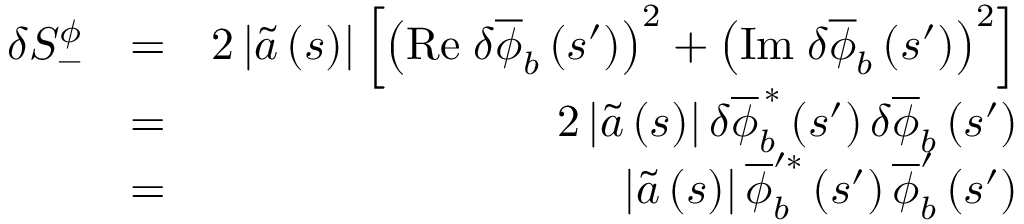
\begin{array} { r l r } { \delta S _ { - } ^ { \phi } } & { = } & { 2 \left\vert \widetilde { a } \left( s \right) \right\vert \left[ \left( \mathrm { R e } \; \delta \overline { { \phi } } _ { b } \left( s ^ { \prime } \right) \right) ^ { 2 } + \left( \mathrm { I m } \; \delta \overline { { \phi } } _ { b } \left( s ^ { \prime } \right) \right) ^ { 2 } \right] } \\ & { = } & { 2 \left\vert \widetilde { a } \left( s \right) \right\vert \delta \overline { { \phi } } _ { b } ^ { \, \ast } \left( s ^ { \prime } \right) \delta \overline { { \phi } } _ { b } \left( s ^ { \prime } \right) } \\ & { = } & { \left\vert \widetilde { a } \left( s \right) \right\vert \overline { { \phi } } _ { b } ^ { \prime \ast } \left( s ^ { \prime } \right) \overline { { \phi } } _ { b } ^ { \prime } \left( s ^ { \prime } \right) } \end{array}